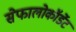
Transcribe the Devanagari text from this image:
सेफालोकॉर्डेट